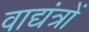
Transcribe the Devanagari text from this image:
वाद्यंत्रों